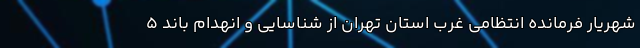
شهریار فرمانده انتظامی غرب استان تهران از شناسایی و انهدام باند ۵